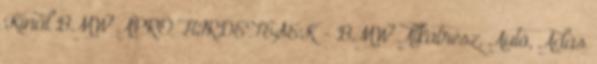
Kínál BMW APRÓ HIRDETÉSEK - BMW Alkatrész, Autó, Adás